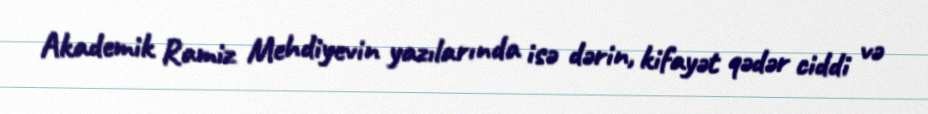
Akademik Ramiz Mehdiyevin yazılarında isə dərin, kifayət qədər ciddi və